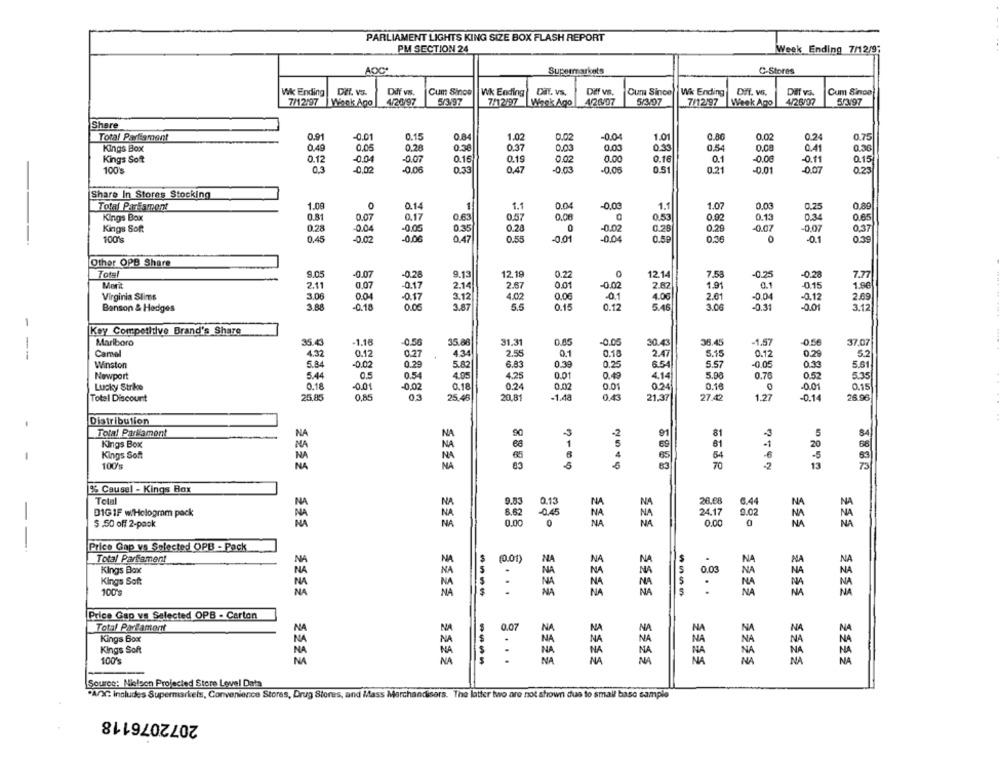
PARLIAMENT LIGHTS KING SIZE BOX FLASH REPORT
PM SECTION 24
Week Ending 7/12/9;
AOC*
Supermarkets
C-Stores
Wk Ending
DIEf. V3.
Diff vs.
Cum Sinoe
Wk Ending
Dit. vs.
Diff vs.
Cum Since Wk Ending
DIT. vS.
Diff vs.
Cum Sinoo
7/12/97
Winck Ago
4/20/97
5/3/97
7/12/97
Wack Ago
42407
5/3/07
7/12.97
Week Ago
4/26/97
5/3497
Share
Total Parliament
0.91
-0.01
0.15
0.84
1.02
0.02
-0.04
1.01
0.80
0.02
0.2.
0.75
0.40
0.03
0.08
Kings Box
0.05
0.28
0.38
0.37
0.03
0.33
0.54
0.4
0.36
Kings Soft
0.12
-0.04
-0.07
0.16
0.19
0.02
0.00
0.16
0.1
-0.00
-0.11
0.15
0.3
-0,02
-0.03
0.21
-0.07
0.23
100's
-0.06
0.33
0.47
-0.06
0.51
-0.01
Share In Stores Stocking
Total Parisment
1.08
0
0.14
1
1.1
0.04
-0,03
1.1
1.07
0.00
0.89
Kings Box
0.81
0.07
0.17
0.63
0.57
0.08
0,53
0.92
0.13
0.34
0.65
Kings Soft
0.28
.0.05
0.35
0.28
-0.02
0.28
0.29
-0.07
-0.07
0,37
100's
-0.00
0.47
-0.04
0.45
-0.02
0.55
-0.01
0.59
0.30
0
0.39
Other OPB Share
Total
9,05
-0.07
9.13
12.19
0.22
12.14
7.58
-0.25
-0.28
7.77
2.11
0,07
-0.17
2.14
2.67
0.01
-0.02
2.62
1.91
0.1
-0.15
1.8€
Virginia Slims
3.06
0.04
-0.17
3.12
4.02
0.00
-0.1
4.00
2.61
-0.04
-0.12
2.69
0.01
3.12
Benson & Hedges
3.88
-0.18
0.06
3.87
5.5
0.15
0.12
5.46
3.06
-0.31
Key Competitive Brand's Share
Marlboro
35.43
-1.16
-0.50
35.88
31.31
0.05
-0.05
30.43
36.45
-1.57
0.56
37,07
Camel
4.32
0.12
0.27
4.34
2.55
0.1
0.18
2.47
0.12
--
5.15
0.29
5.2
Winston
5.84
-0.02
0.29
5.82
6.83
0.39
0.25
6.54
5.57
-0.05
030
5.51
Newport
5.44
0.54
4.05
4.25
0.01
0.4ª
4.14
5.98
0.70
535
0.52
Lucky Strike
0.18
-0.01
-0.02
0.18
0.24
0.02
0.01
0.24
0.16
-0.01
0.15
Total Discount
25.85
0.85
03
25.45
20.81
-1.48
0.43
27.42
1.27
-0.14
26.96
21,37
Distribution
Total Parlament
NA
NA
91
81
5
84
Kings Box
NA
69
20
Kings Soft
NA
65
64
-6
63
100'
NA
NA
70
2
13
73
% Causel - Kings Box
NA
0.83
0.13
NA
NA
26.08
NA
DIGIF w/Hologram pack
NA
8.62
-0.45
9.02
NA
24.17
$.50 off 2-pack
NA
0.00
0
0.00
0
Price Gap vs Selected OPB - Pack
NA
VA
Total Parlament
(0.01)
NA
NA
Kings Box
.
NA
5
0.03
NA
NA
Kings Soft
NA
NA
NA
:
NA
100%
NA
NA
$
....
NA
NA
NA
NA
Price Gap ve Selected OPB - Carton
NA
0.07
NA
N
NA
Total Parlamer
NA
N
Kings Box
NA
Kings Soft
NA
.
100's
NA
NA
NA
NA
NA
NA
Source: Nielsen Projected Store Level Data
"AXC: includes Supermarkets, Convenience Stores, Drug Stores, and Mass Marchandisers. The latter two are not shown due to small base sample
2072076118